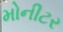
મોનીટર